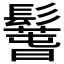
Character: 𩯐